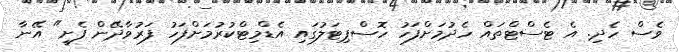
ވެސް ހެދި. އެ ޓެސްޓްތައް ހެދުމަށްފަހު ހޮސްޕިޓަލުގައި އެޑްމިޓްކުރުމަށްފަހު ފަރުވާދޭން ފެށީ" އޭނާ